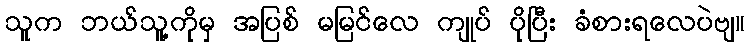
သူက ဘယ်သူ့ကိုမှ အပြစ် မမြင်လေ ကျုပ် ပိုပြီး ခံစားရလေပဲဗျ။